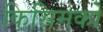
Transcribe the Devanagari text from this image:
किसिमको